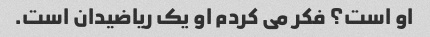
او است؟ فکر می کردم او یک ریاضیدان است.